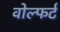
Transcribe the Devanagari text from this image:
वोल्फर्ट